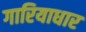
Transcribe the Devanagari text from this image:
गारियाधार